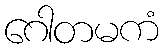
ဂေါတမကံ